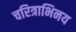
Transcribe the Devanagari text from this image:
चरित्राभिनय